Malaria in the Punjab - Number 46
Disease focus: Malaria
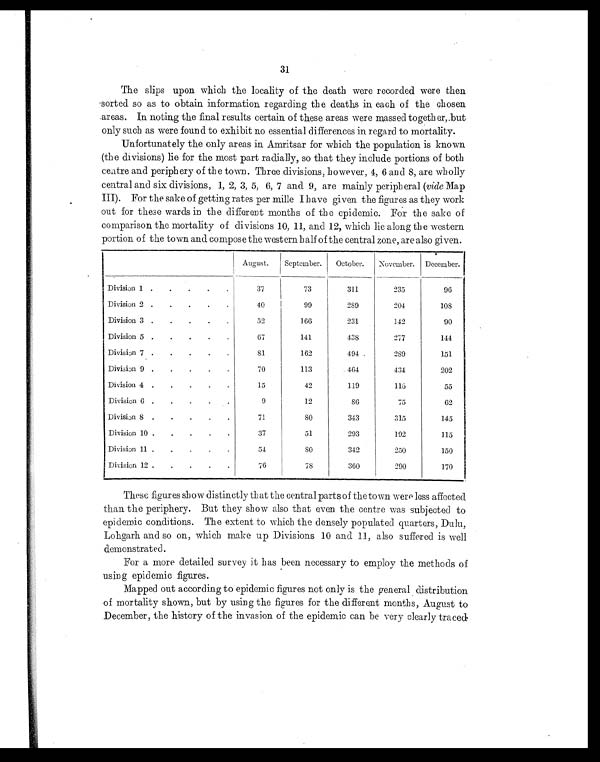
31
The slips upon which the locality of the death were recorded were then
sorted. so as to obtain information regarding the deaths in each of the chosen
areas. In noting the final results certain of these areas were massed together, but
only such as were found to exhibit no essential differences in regard to mortality.
Unfortunately the only areas in Amritsar for which the population is known
(the divisions) lie for the most part radially, so that they include portions of both
ceatre and periphery of the town. Three divisions, however, 4, 6 and 8, are wholly
central and six divisions, 1, 2, 3, 5, 6, 7 and 9, are mainly peripheral ( vide Map
III). For the sake of getting rates per mille I have given the figures as they work
out for these wards in the different months of the epidemic. For the sake of
comparison the mortality of divisions 10, 11, and 12, which lie along the western
portion of the town and compose the western half of the central zone, are also given.
August.
September.
October.
November.
December.
Division 1 .
.
.
.
.
37
73
311
235
96
Division 2 .
.
.
.
.
40
99
289
204
108
Division 3 .
.
.
.
.
52
166
231
142
90
Division 5 .
.
.
.
.
67
141
438
277
144
Division 7 .
.
.
.
.
81
162
494
289
151
Division 9 .
.
.
.
.
70
113
464
434
202
Division 4 .
.
.
.
.
15
42
119
116
55
Division 6 .
.
.
.
.
9
12
86
75
62
Division 8 .
.
.
.
.
71
8 0
343
315
145
Division 10 .
.
.
.
.
37
51
293
192
115
Division 11 .
.
.
.
.
5 4
8 0
342
250
150
Division 12 .
.
.
.
.
76
78
360
290
170
These figures show distinctly that the central parts of the town were less affected
than the periphery. But they show also that even the centre was subjected to
epidemic conditions. The extent to which the densely populated quarters, Dulu,
Lohgarh and so on, which make up Divisions 10 and 11, also suffered is well
demonstrated.
For a more detailed survey it has been necessary to employ the methods of
using epidemic figures.
Mapped out according to epidemic figures not only is the general distribution
of mortality shown, but by using the figures for the different months, August to
December, the history of the invasion of the epidemic can be very clearly traced